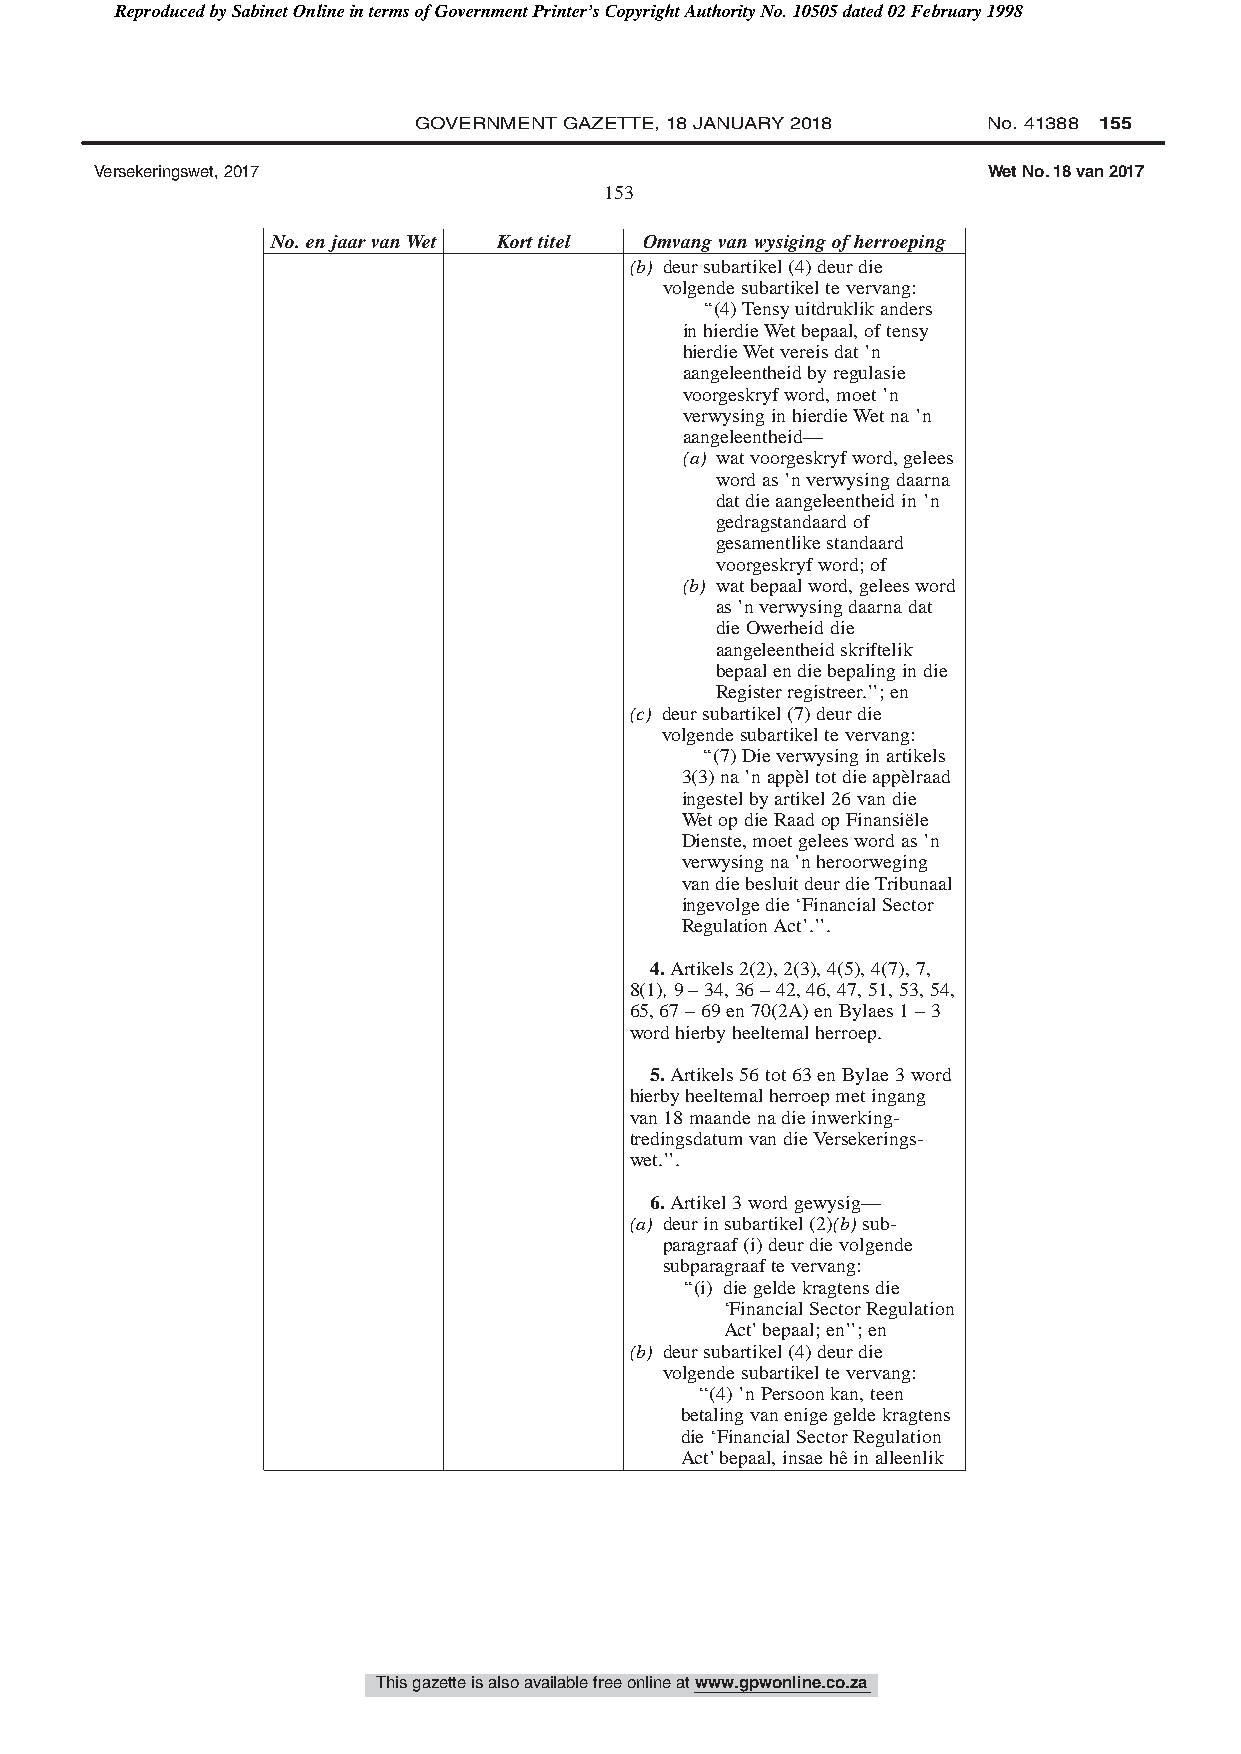
Reproduced by Sabinet Online in terms of Government Printer’s Copyright Authority No. 10505 dated 02 February 1998
 GOVERNMENT GAZETTE, 18 JANUARY 2018   No. 41388 155
 Versekeringswet, 2017                                      Wet No. 18 van 2017
 153
 No.enjaarvanWet Korttitel Omvangvanwysigingofherroeping
 (b) deursubartikel(4)deurdie
 volgendesubartikeltevervang:
 ‘‘(4)Tensyuitdruklikanders
 inhierdieWetbepaal,oftensy
 hierdieWetvereisdat’n
 aangeleentheidbyregulasie
 voorgeskryfword,moet’n
 verwysinginhierdieWetna’n
 aangeleentheid—
 (a) watvoorgeskryfword,gelees
 wordas’nverwysingdaarna
 datdieaangeleentheidin’n
 gedragstandaardof
 gesamentlikestandaard
 voorgeskryfword;of
 (b) watbepaalword,geleesword
 as’nverwysingdaarnadat
 dieOwerheiddie
 aangeleentheidskriftelik
 bepaalendiebepalingindie
 Registerregistreer.’’;en
 (c) deursubartikel(7)deurdie
 volgendesubartikeltevervang:
 ‘‘(7)Dieverwysinginartikels
 3(3)na’nappèltotdieappèlraad
 ingestelbyartikel26vandie
 WetopdieRaadopFinansiële
 Dienste,moetgeleeswordas’n
 verwysingna’nheroorweging
 vandiebesluitdeurdieTribunaal
 ingevolgedie‘FinancialSector
 RegulationAct’.’’.
 4.Artikels2(2),2(3),4(5),4(7),7,
 8(1),9–34,36–42,46,47,51,53,54,
 65,67–69en70(2A)enBylaes1–3
 wordhierbyheeltemalherroep.
 5.Artikels56tot63enBylae3word
 hierbyheeltemalherroepmetingang
 van18maandenadieinwerking-
 tredingsdatumvandieVersekerings-
 wet.’’.
 6.Artikel3wordgewysig—
 (a) deurinsubartikel(2)(b)sub-
 paragraaf(i)deurdievolgende
 subparagraaftevervang:
 ‘‘(i) diegeldekragtensdie
 ‘FinancialSectorRegulation
 Act’bepaal;en’’;en
 (b) deursubartikel(4)deurdie
 volgendesubartikeltevervang:
 ‘‘(4)’nPersoonkan,teen
 betalingvanenigegeldekragtens
 die‘FinancialSectorRegulation
 Act’bepaal,insaehêinalleenlik
 This gazette is also available free online at www.gpwonline.co.za